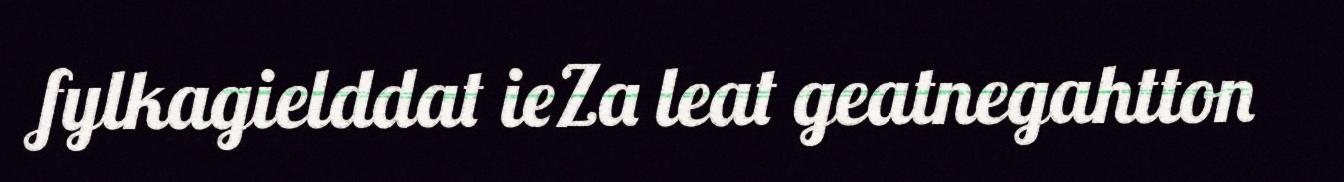
fylkagielddat ieZa leat geatnegahtton